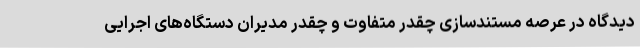
دیدگاه در عرصه مستندسازی چقدر متفاوت و چقدر مدیران دستگاه‌های اجرایی